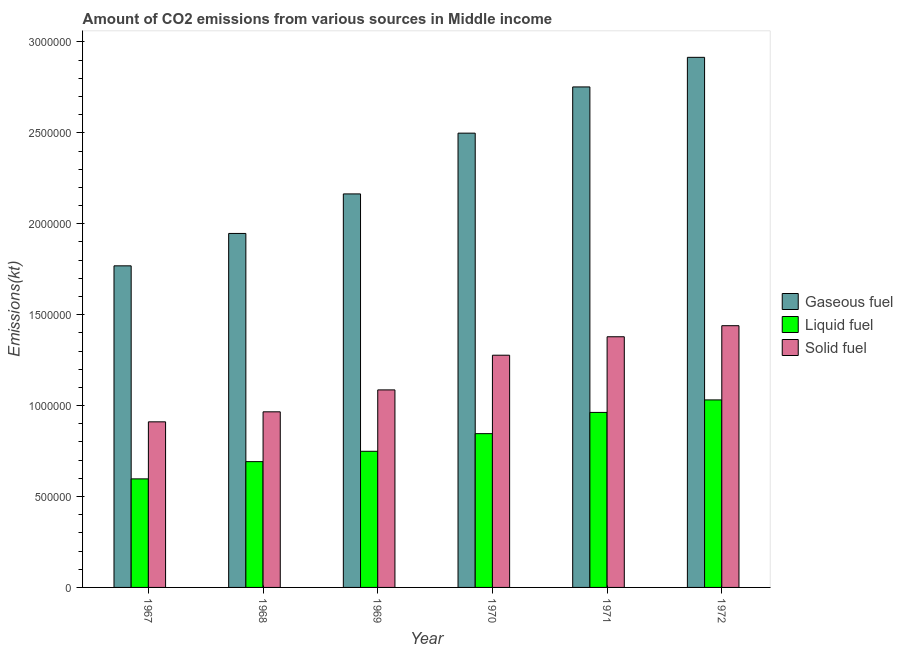
| Year | Gaseous fuel | Liquid fuel | Solid fuel |
 | --- | --- | --- | --- |
 | 1967 | 1.77e+06 | 5.97e+05 | 9.11e+05 |
 | 1968 | 1.95e+06 | 6.92e+05 | 9.66e+05 |
 | 1969 | 2.16e+06 | 7.49e+05 | 1.09e+06 |
 | 1970 | 2.5e+06 | 8.46e+05 | 1.28e+06 |
 | 1971 | 2.75e+06 | 9.62e+05 | 1.38e+06 |
 | 1972 | 2.92e+06 | 1.03e+06 | 1.44e+06 |